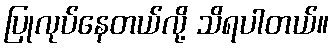
ပြုလုပ်နေတယ်လို့ သိရပါတယ်။